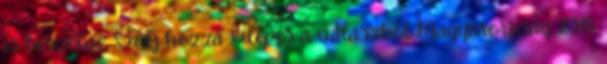
is beszélve Szólj hozzá Kilépés a válaszból Magyarország 2018.